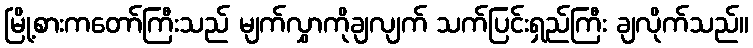
မြို့စားကတော်ကြီးသည် မျက်လွှာကိုချလျက် သက်ပြင်းရှည်ကြီး ချလိုက်သည်။